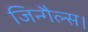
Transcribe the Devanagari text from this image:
जिन्गैल्स।